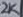
Text: 2K